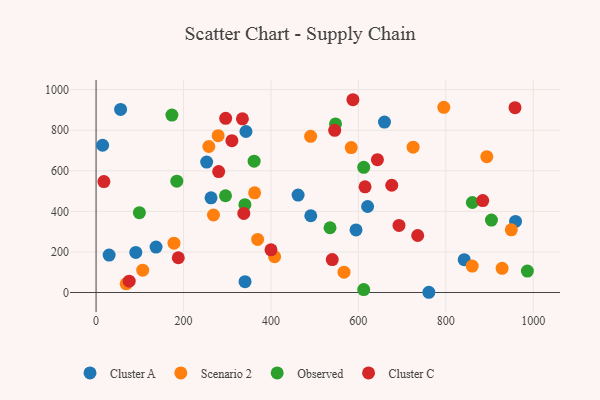
{"axis": {"x": "Ad Spend", "y": "Exam Score"}, "legend": ["Cluster A", "Cluster C", "Observed", "Scenario 2"], "data": [{"x": "659.8", "y": 840.0, "type": "Cluster A"}, {"x": "959.6", "y": 350.3, "type": "Cluster A"}, {"x": "340.8", "y": 53.4, "type": "Cluster A"}, {"x": "90.9", "y": 197.7, "type": "Cluster A"}, {"x": "253.0", "y": 643.0, "type": "Cluster A"}, {"x": "462.2", "y": 480.5, "type": "Cluster A"}, {"x": "263.0", "y": 466.9, "type": "Cluster A"}, {"x": "594.7", "y": 308.3, "type": "Cluster A"}, {"x": "342.9", "y": 793.8, "type": "Cluster A"}, {"x": "621.2", "y": 424.0, "type": "Cluster A"}, {"x": "842.2", "y": 161.9, "type": "Cluster A"}, {"x": "56.1", "y": 902.4, "type": "Cluster A"}, {"x": "761.3", "y": 1.1, "type": "Cluster A"}, {"x": "29.9", "y": 184.7, "type": "Cluster A"}, {"x": "15.0", "y": 725.9, "type": "Cluster A"}, {"x": "491.2", "y": 378.5, "type": "Cluster A"}, {"x": "137.2", "y": 224.1, "type": "Cluster A"}, {"x": "583.7", "y": 714.6, "type": "Scenario 2"}, {"x": "567.2", "y": 100.3, "type": "Scenario 2"}, {"x": "178.2", "y": 243.2, "type": "Scenario 2"}, {"x": "490.8", "y": 769.8, "type": "Scenario 2"}, {"x": "106.7", "y": 109.9, "type": "Scenario 2"}, {"x": "68.9", "y": 42.6, "type": "Scenario 2"}, {"x": "725.3", "y": 716.3, "type": "Scenario 2"}, {"x": "860.5", "y": 130.2, "type": "Scenario 2"}, {"x": "369.6", "y": 261.8, "type": "Scenario 2"}, {"x": "268.6", "y": 382.2, "type": "Scenario 2"}, {"x": "279.3", "y": 773.1, "type": "Scenario 2"}, {"x": "795.5", "y": 913.1, "type": "Scenario 2"}, {"x": "362.7", "y": 491.3, "type": "Scenario 2"}, {"x": "258.0", "y": 719.9, "type": "Scenario 2"}, {"x": "408.4", "y": 176.4, "type": "Scenario 2"}, {"x": "928.9", "y": 119.2, "type": "Scenario 2"}, {"x": "950.0", "y": 309.1, "type": "Scenario 2"}, {"x": "893.9", "y": 669.7, "type": "Scenario 2"}, {"x": "547.8", "y": 831.3, "type": "Observed"}, {"x": "173.5", "y": 874.6, "type": "Observed"}, {"x": "860.8", "y": 443.6, "type": "Observed"}, {"x": "184.7", "y": 548.7, "type": "Observed"}, {"x": "340.5", "y": 432.8, "type": "Observed"}, {"x": "904.5", "y": 357.0, "type": "Observed"}, {"x": "986.7", "y": 105.4, "type": "Observed"}, {"x": "612.3", "y": 14.2, "type": "Observed"}, {"x": "612.3", "y": 616.9, "type": "Observed"}, {"x": "99.1", "y": 393.3, "type": "Observed"}, {"x": "361.6", "y": 647.2, "type": "Observed"}, {"x": "535.2", "y": 319.2, "type": "Observed"}, {"x": "296.1", "y": 477.1, "type": "Observed"}, {"x": "676.4", "y": 528.7, "type": "Cluster C"}, {"x": "400.2", "y": 210.5, "type": "Cluster C"}, {"x": "310.7", "y": 748.4, "type": "Cluster C"}, {"x": "545.9", "y": 799.5, "type": "Cluster C"}, {"x": "884.6", "y": 453.2, "type": "Cluster C"}, {"x": "735.8", "y": 280.9, "type": "Cluster C"}, {"x": "693.0", "y": 330.9, "type": "Cluster C"}, {"x": "17.9", "y": 546.9, "type": "Cluster C"}, {"x": "75.8", "y": 55.7, "type": "Cluster C"}, {"x": "188.1", "y": 171.4, "type": "Cluster C"}, {"x": "615.3", "y": 521.0, "type": "Cluster C"}, {"x": "338.0", "y": 390.0, "type": "Cluster C"}, {"x": "643.7", "y": 654.8, "type": "Cluster C"}, {"x": "587.6", "y": 950.4, "type": "Cluster C"}, {"x": "296.5", "y": 858.5, "type": "Cluster C"}, {"x": "334.8", "y": 856.0, "type": "Cluster C"}, {"x": "958.4", "y": 911.0, "type": "Cluster C"}, {"x": "540.3", "y": 162.5, "type": "Cluster C"}, {"x": "280.5", "y": 596.0, "type": "Cluster C"}]}